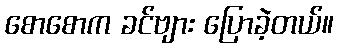
စောစောက ခင်ဗျား ပြောခဲ့တယ်။